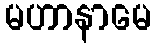
မဟာနာမေ